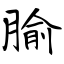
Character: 腧